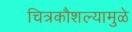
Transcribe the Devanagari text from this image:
चित्रकौशल्यामुळे